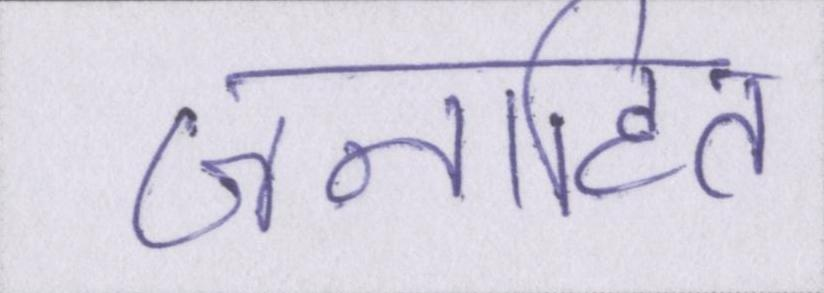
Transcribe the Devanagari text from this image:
जनहित